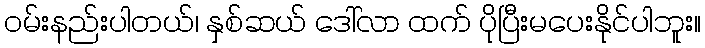
ဝမ်းနည်းပါတယ်၊ နှစ်ဆယ် ဒေါ်လာ ထက် ပိုပြီးမပေးနိုင်ပါဘူး။